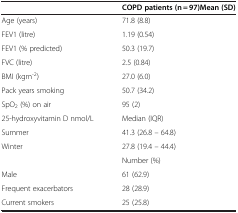
<table><thead><tr><td><b> </b></td><td><b>COPD patients (n = 97)Mean (SD)</b></td></tr></thead><tbody><tr><td>Age (years)</td><td>71.8 (8.8)</td></tr><tr><td>FEV1 (litre)</td><td>1.19 (0.54)</td></tr><tr><td>FEV1 (% predicted)</td><td>50.3 (19.7)</td></tr><tr><td>FVC (litre)</td><td>2.5 (0.84)</td></tr><tr><td>BMI (kgm<sup>-2</sup>)</td><td>27.0 (6.0)</td></tr><tr><td>Pack years smoking</td><td>50.7 (34.2)</td></tr><tr><td>SpO<sub>2</sub> (%) on air</td><td>95 (2)</td></tr><tr><td>25-hydroxyvitamin D nmol/L</td><td>Median (IQR)</td></tr><tr><td>Summer</td><td>41.3 (26.8 – 64.8)</td></tr><tr><td>Winter</td><td>27.8 (19.4 – 44.4)</td></tr><tr><td> </td><td>Number (%)</td></tr><tr><td>Male</td><td>61 (62.9)</td></tr><tr><td>Frequent exacerbators</td><td>28 (28.9)</td></tr><tr><td>Current smokers</td><td>25 (25.8)</td></tr></tbody></table>